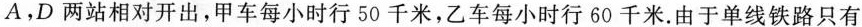
A，D两站相对开出，甲车每小时行50千米，乙车每小时行60千米。由于单线铁路只有